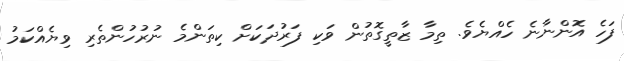
ފަހެ އޮންނާނެ ހެއްޔެވެ. ތިމާ ޒާތީގޮތުން ވަކި ފަރުދަކަށް ކިތަންމެ ނުރުހުންތެރި ވިޔެއްކަމު